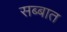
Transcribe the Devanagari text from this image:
सब्बात